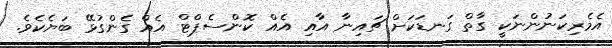
އެމެރިކަނުންނަކީ ގާތް ގަނޑަކަށް ޗައިނާ އާއި އެއް ކޮންސެޕްޓް އެއް ގެންގުޅޭ ބަޔެކެވެ.